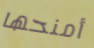
أمنحها